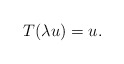
\begin{align*}T(\lambda u)=u.\end{align*}